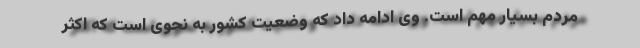
مردم بسیار مهم است. وی ادامه داد که وضعیت کشور به نحوی است که اکثر